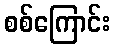
စစ်ကြောင်း